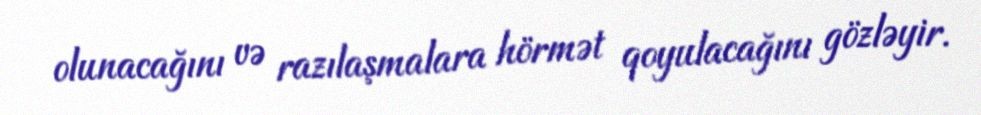
olunacağını və razılaşmalara hörmət qoyulacağını gözləyir.